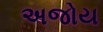
અજોય